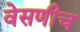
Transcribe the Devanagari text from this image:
वेसणीच